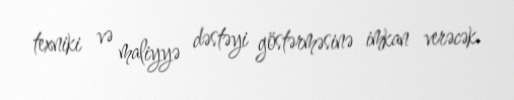
texniki və maliyyə dəstəyi göstərməsinə imkan verəcək.